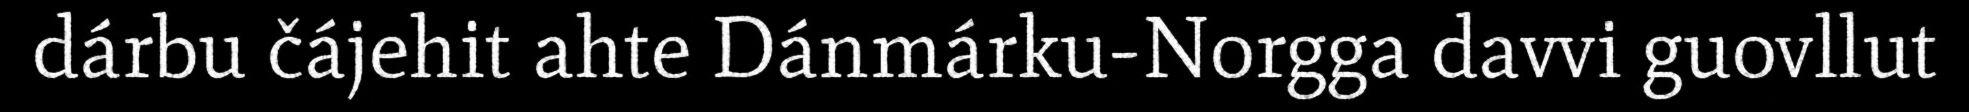
dárbu čájehit ahte Dánmárku-Norgga davvi guovllut